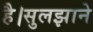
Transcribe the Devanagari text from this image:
है।सुलझाने